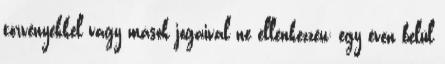
törvényekkel vagy mások jogaival ne ellenkezzen; egy éven belül